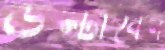
উল্টাবেন